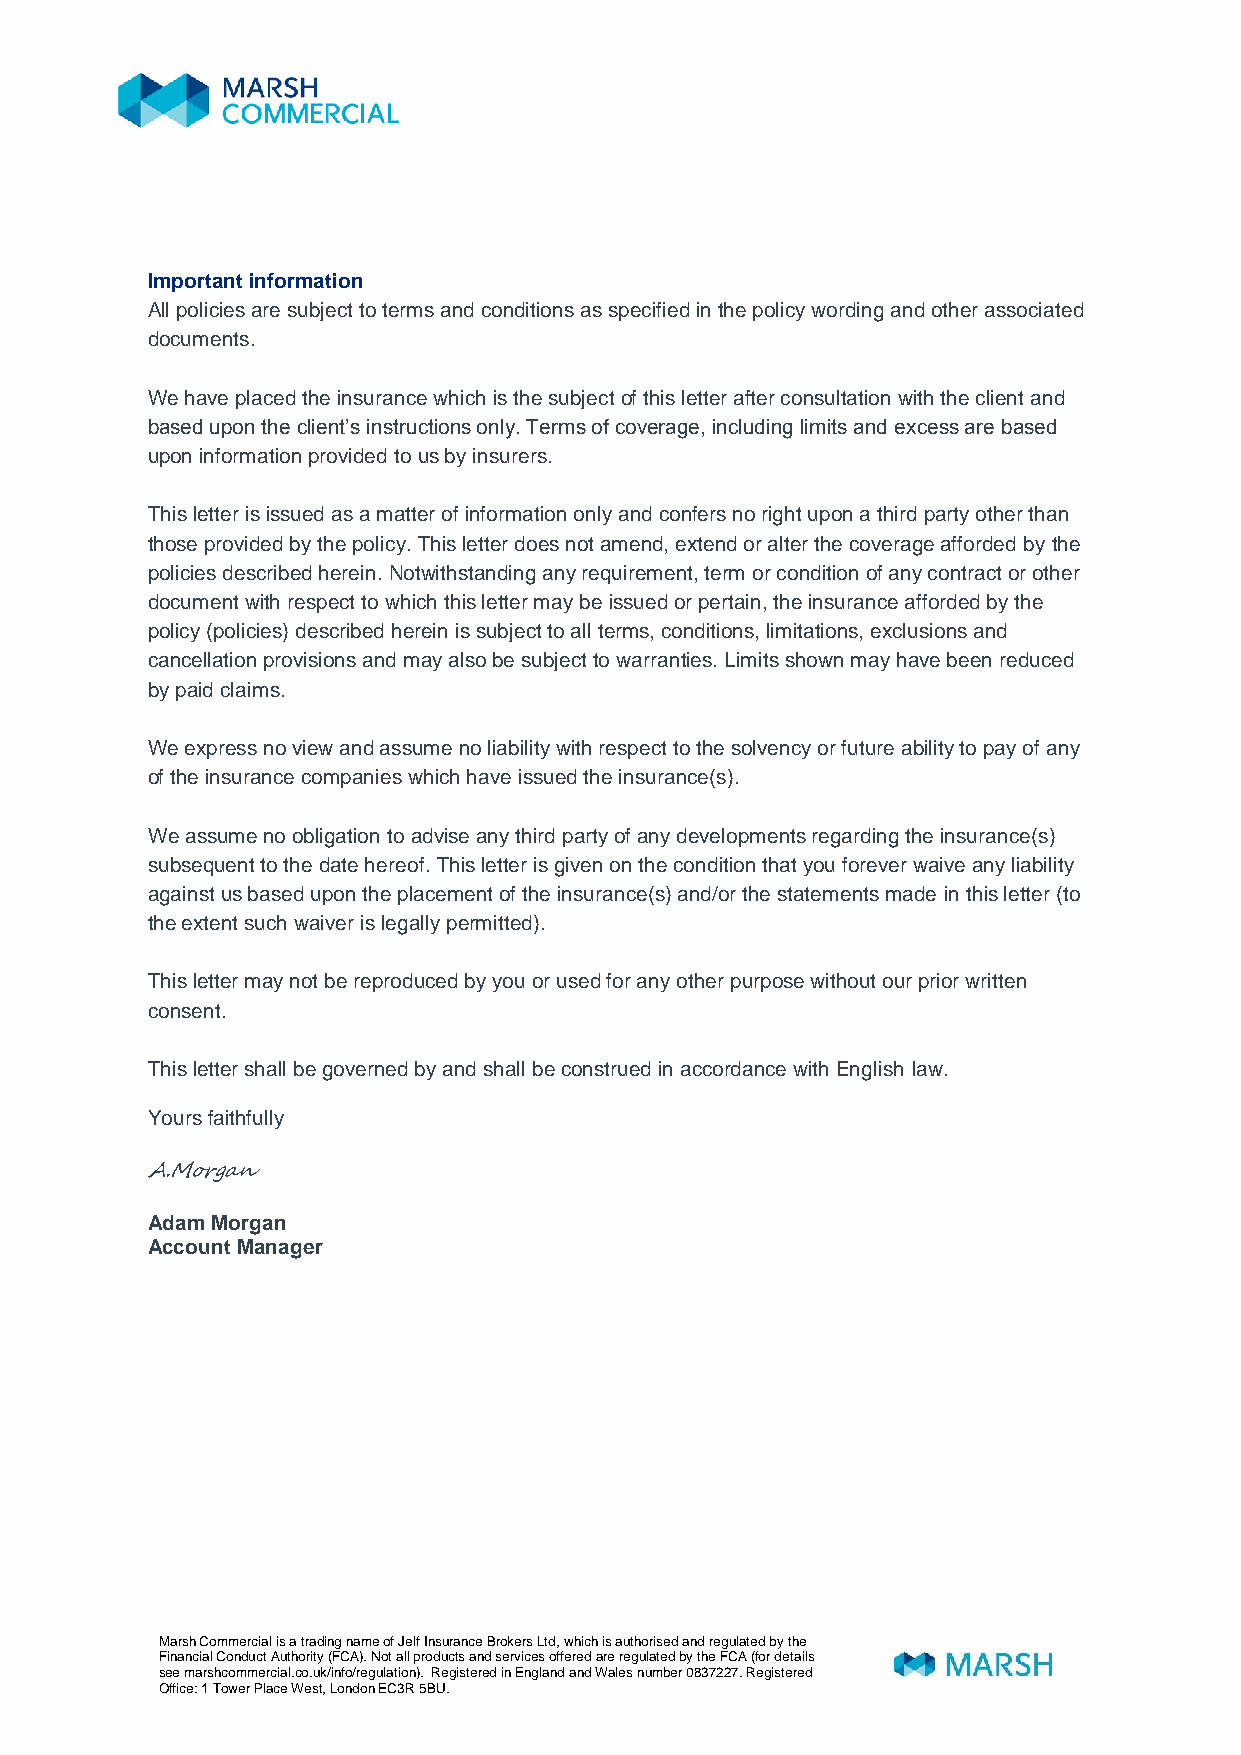
Important information
 All policies are subject to terms and conditions as specified in the policy wording and other associated
 documents.
 We have placed the insurance which is the subject of this letter after consultation with the client and
 based upon the client’s instructions only. Terms of coverage, including limits and excess are based
 upon information provided to us by insurers.
 This letter is issued as a matter of information only and confers no right upon a third party other than
 those provided by the policy. This letter does not amend, extend or alter the coverage afforded by the
 policies described herein. Notwithstanding any requirement, term or condition of any contract or other
 document with respect to which this letter may be issued or pertain, the insurance afforded by the
 policy (policies) described herein is subject to all terms, conditions, limitations, exclusions and
 cancellation provisions and may also be subject to warranties. Limits shown may have been reduced
 by paid claims.
 We express no view and assume no liability with respect to the solvency or future ability to pay of any
 of the insurance companies which have issued the insurance(s).
 We assume no obligation to advise any third party of any developments regarding the insurance(s)
 subsequent to the date hereof. This letter is given on the condition that you forever waive any liability
 against us based upon the placement of the insurance(s) and/or the statements made in this letter (to
 the extent such waiver is legally permitted).
 This letter may not be reproduced by you or used for any other purpose without our prior written
 consent.
 This letter shall be governed by and shall be construed in accordance with English law.
 Yours faithfully
 A.Morgan
 Adam Morgan
 Account Manager
 Marsh Commercial is a trading name of Jelf Insurance Brokers Ltd, which is authorised and regulated by the
 Financial Conduct Authority (FCA). Not all products and services offered are regulated by the FCA (for details
 see marshcommercial.co.uk/info/regulation). Registered in England and Wales number 0837227. Registered
 Office: 1 Tower Place West, London EC3R 5BU.